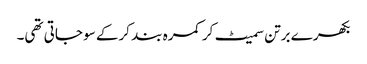
بکھرے برتن سمیٹ کر کمرہ بند کرکے سو جاتی تھی۔